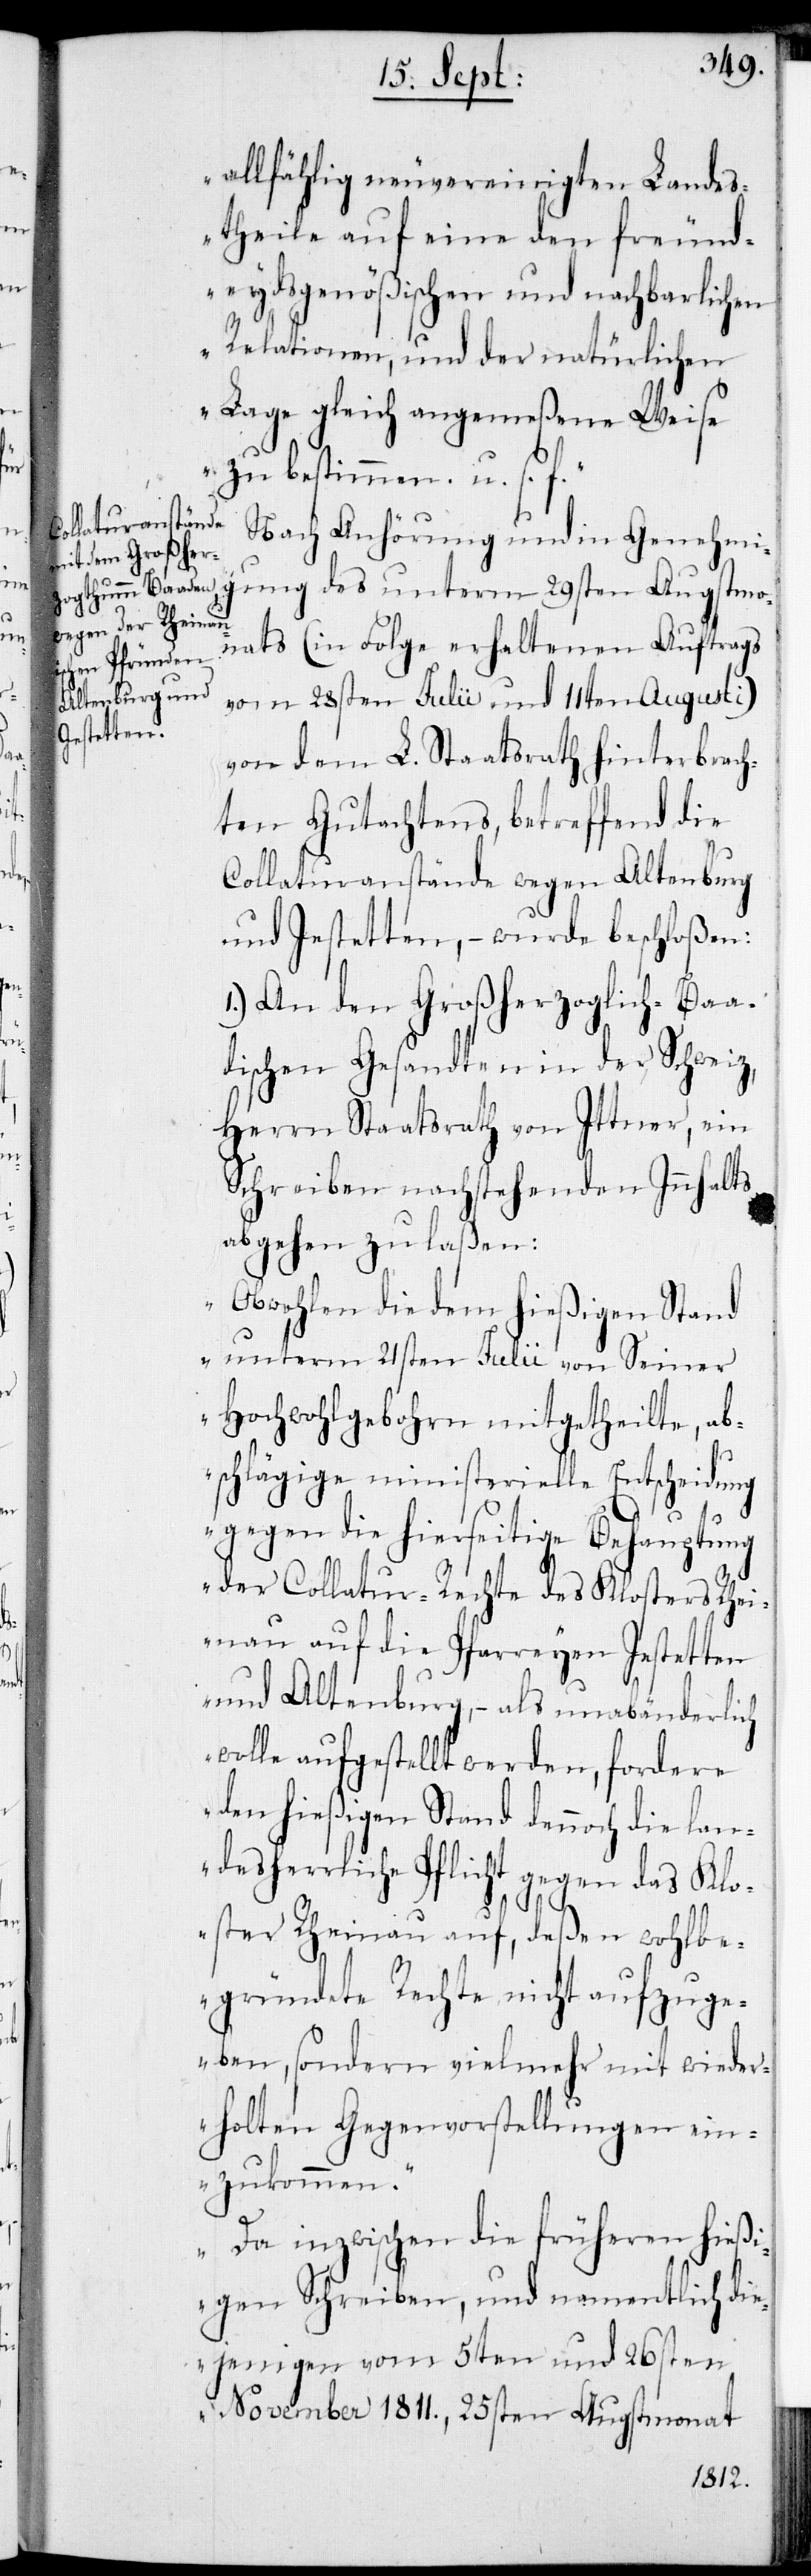
allfählig neuvereinigten Landes¬
theile auf eine den freund¬
eydsgenößichen und nachbarlichen
Relationen, und der natürlichen
Lage gleich angemeßene Weise
zu bestimmen u. s. f.“
Nach Anhörugn und in Genehmi¬
gung des unterm 29sten Augstmo¬
nats (in Folge erhaltenen Auftrags
vom 28sten Julii und 11ten Augusti)
von dem L. Staatsrath hinterbrach¬
ten Gutachtens, betreffend die
Collaturanstände wegen Altenburg
und Jestetten, – wurde beschloßen:
1.) An den Großherzoglich-Baa¬
dischen Gesandten in der Schweiz,
Herrn Staatsrath von Ittner, ein
Schreiben nachstehenden Innhalts
abgehen zu laßen:
„Obwohlen die dem hießigen Stand
unterm 21sten Julii von Seiner
Hochwohlgebohrn mitgetheilte, ab¬
schlägige ministerielle Entscheidung
gegen die hierseitige Behauptung
der Collatur-Rechte des Klosters Rhei¬
nau auf die Pfarreyen Jestetten
und Altenburg, – als unabänderlich
wolle aufgestellt werden, fordere
den hießigen Stand dennoch die lan¬
desherrliche Pflicht gegen das Klo¬
ster Rheinau auf, deßen wohlbe¬
gründete Rechte, nicht aufzuge¬
ben, sondern vielmehr mit wieder¬
holten Gegenvorstellungen ein¬
zukommen.
Da inzwischen die früheren hießi¬
gen Schreiben, und namentlich die¬
jenigen vom 5ten und 26sten
November 1811., 25sten Augstmonat